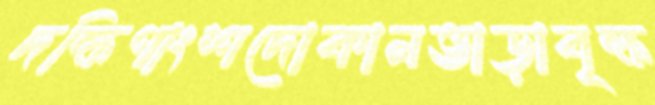
দক্ষিণাংশদোকানভাড়াবৃক্ষ